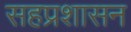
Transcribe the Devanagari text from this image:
सहप्रशासन